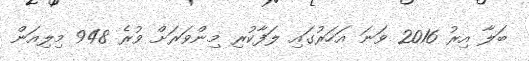
ބަލާ އިރު 2016 ވަނަ އަހަރުގައި ލަފާކުރި މިންވަރަށް ވުރެ 948 މިލިއަން